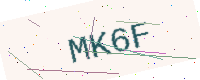
Text: MK6F